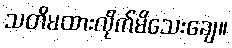
သတိမထားလိုက်မိသေးချေ။